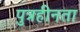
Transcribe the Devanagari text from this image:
पुत्रहीनता